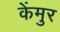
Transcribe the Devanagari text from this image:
केंमुर